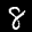
Label: 8